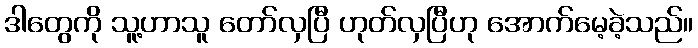
ဒါတွေကို သူ့ဟာသူ တော်လှပြီ ဟုတ်လှပြီဟု အောက်မေ့ခဲ့သည်။